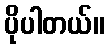
ပိုပါတယ်။